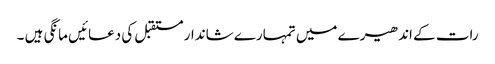
رات کے اندھیرے میں تمہارے شاندار مستقبل کی دعائیں مانگی ہیں ۔